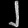
Digit: ၂